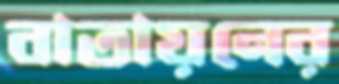
বাতায়নের